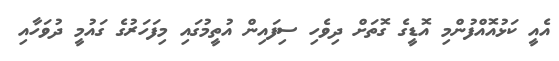
އެއީ ކަޅުއޮއްފުންމި އޮޑީގެ ގޮތަށް ދިވެހި ސިފައިން އުތީމުގައި މިފަހަރުގެ ގައުމީ ދުވަހާއި